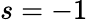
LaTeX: s=-1